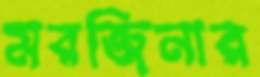
মরজিনার